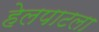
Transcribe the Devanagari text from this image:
हेलपाटला